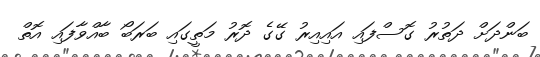
ބަންދަށް ދަތުރު ގޮސްފައި އައިއިރު ގޭގެ ދޮރު މަތީގައި ބަރަބޯ ބާއްވާފައި އޮތް